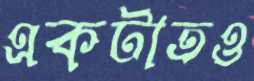
একটাতও